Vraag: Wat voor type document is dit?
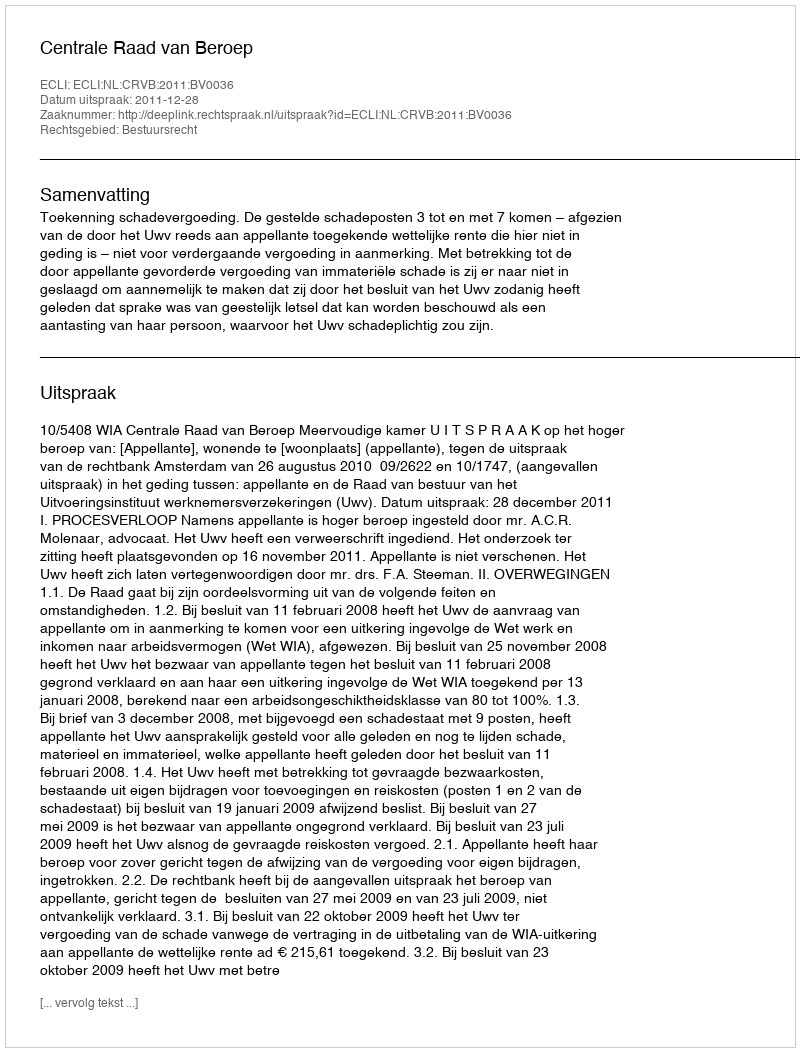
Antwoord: Uitspraak